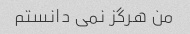
من هرگز نمی دانستم